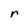
Character: r